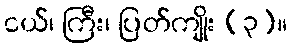
ငယ်၊ ကြီး၊ ပြတ်ကျိုး (၃)။